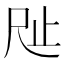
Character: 𣥉